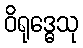
ဝိရုဒ္ဓေသု